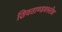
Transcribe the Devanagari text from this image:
शिवताण्डवस्तोत्र